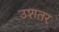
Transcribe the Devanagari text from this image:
उशतर